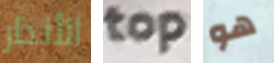
الأنذار top هو